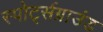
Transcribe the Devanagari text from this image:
स्पोर्ट्सग्राउंड